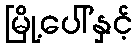
မြို့ပေါ်နှင့်